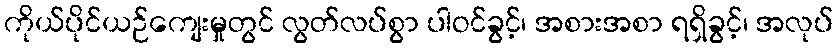
ကိုယ်ပိုင်ယဉ်ကျေးမှုတွင် လွတ်လပ်စွာ ပါဝင်ခွင့်၊ အစားအစာ ရရှိခွင့်၊ အလုပ်